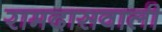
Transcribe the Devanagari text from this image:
रामदासवाली